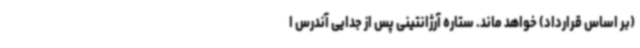
(بر اساس قرارداد) خواهد ماند. ستاره آرژانتینی پس از جدایی آندرس ا